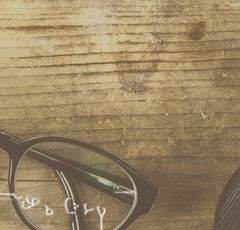
أحدث موديلات الأحذية الري